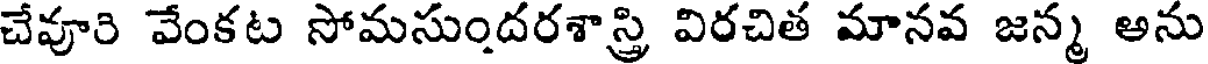
చేవూరి వేంకట సోమసుందరశాస్త్రి విరచిత మానవ జన్మ అను